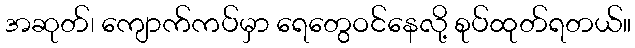
အဆုတ်၊ ကျောက်ကပ်မှာ ရေတွေဝင်နေလို့ စုပ်ထုတ်ရတယ်။